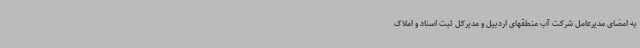
به امضای مدیرعامل شرکت آب منطقهای اردبیل و مدیرکل ثبت اسناد و املاک